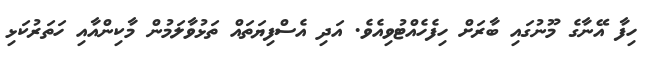
ހިފާ އޭނާގެ މޫނުގައި ބާރަށް ހިފެހެއްޓުވިއެވެ. އަދި އެސްފިޔަތައް ތަޅުވާލަމުން މާކިންއާއި ހަތަރުކަޅި